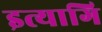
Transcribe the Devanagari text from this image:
इत्यागि